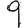
Digit: 9